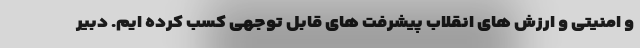
و امنیتی و ارزش های انقلاب پیشرفت های قابل توجهی کسب کرده ایم. دبیر